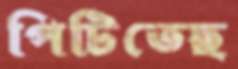
পিটিতেছ